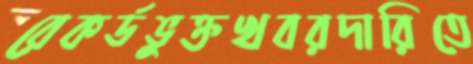
রেকর্ডভুক্তখবরদারিতে